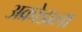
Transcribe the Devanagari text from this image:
अक्रोडाला